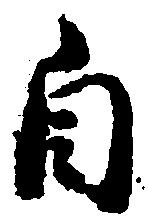
自